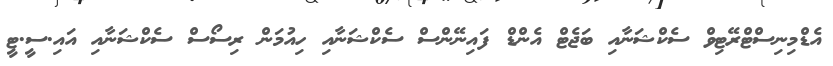
އެޑްމިނިސްޓްރޭޓިވް ސެކްޝަނާއި ބަޖެޓް އެންޑް ފައިނޭންސް ސެކްޝަނާއި ހިއުމަން ރިސޯސް ސެކްޝަނާއި އައި.ސީ.ޓީ